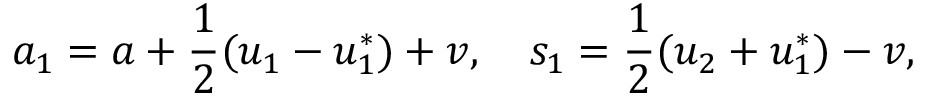
a _ { 1 } = a + \frac { 1 } { 2 } ( u _ { 1 } - u _ { 1 } ^ { * } ) + v , \quad s _ { 1 } = \frac { 1 } { 2 } ( u _ { 2 } + u _ { 1 } ^ { * } ) - v ,